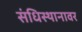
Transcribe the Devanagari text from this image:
संधिस्थानावर